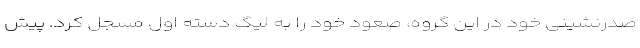
صدرنشینی خود در این گروه، صعود خود را به لیگ دسته اول مسجل کرد. پیش